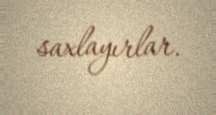
saxlayırlar.